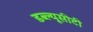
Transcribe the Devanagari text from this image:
डब्ल्यूसीटी